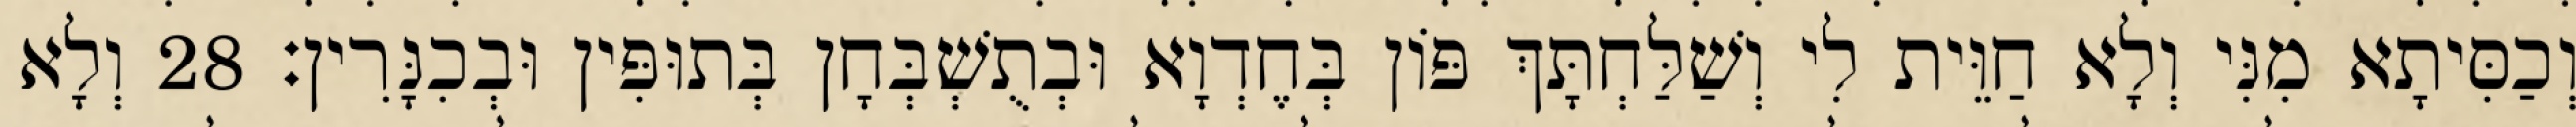
וְכַסִּיתָא מִנִּי וְלָא חַוֵּית לִי וְשַׁלַּחְתָּךְ פּוֹן בְּחֶדְוָא וּבְתֻשְׁבְּחָן בְּתוּפִּין וּבְכִנָּרִין׃ 28 וְלָא